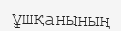
ұшқанының